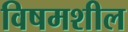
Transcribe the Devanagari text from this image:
विषमशील